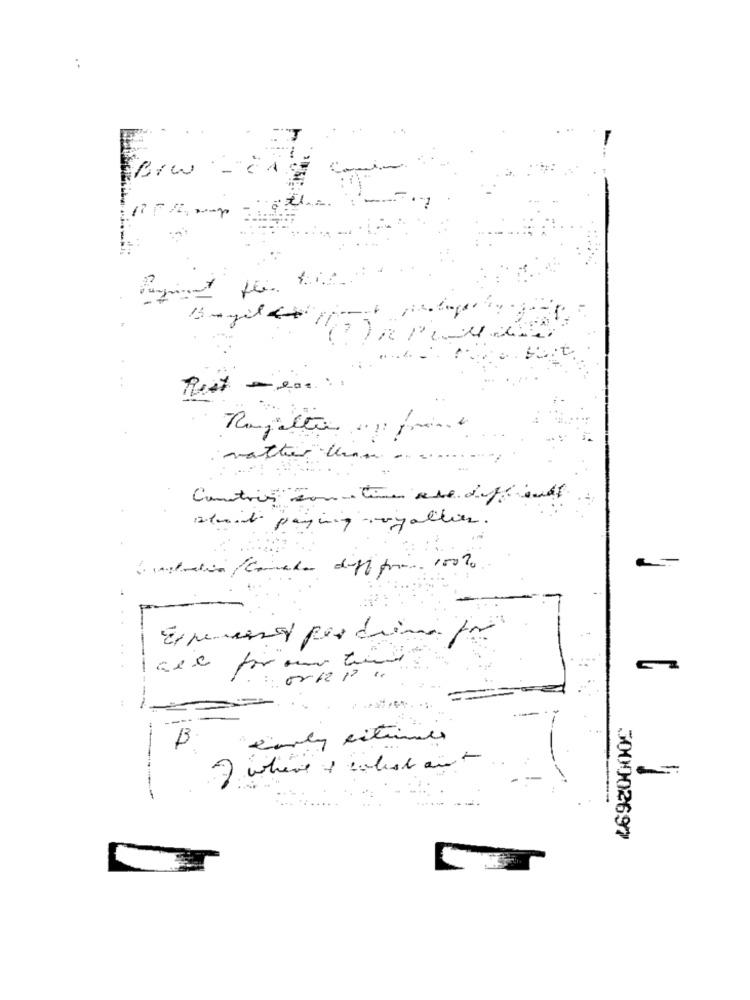
är
rather than-
Countries con tée ave différents
Admit paying voyallier.
"early eitunes
B
where colist ant
7
500002697